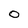
Character: 0